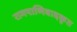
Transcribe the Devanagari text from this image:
रामपाणिवादकृत